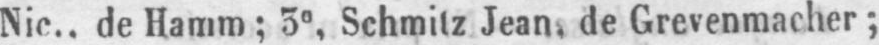
Nic., de Hamm; 3e Schmitz Jean, de Grevenmacher;